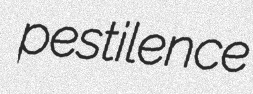
pestilence